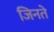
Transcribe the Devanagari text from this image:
जिनते